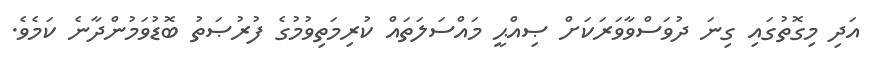
އަދި މިގޮތުގައި ގިނަ ދުވަސްވާވަރަކަށް ޞިއްޙީ މައްސަލަތައް ކުރިމަތިވުމުގެ ފުރުޞަތު ބޮޑުވަމުންދާނެ ކަމެވެ.